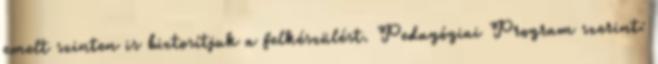
emelt szinten is biztosítjuk a felkészülést. Pedagógiai Program szerint: